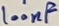
Text: 100nF